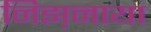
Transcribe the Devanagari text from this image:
निझ़नाया